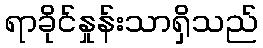
ရာခိုင်နှုန်းသာရှိသည်